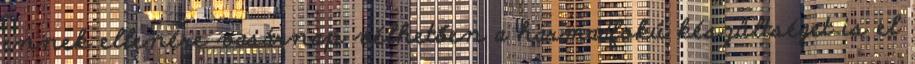
ennek ellenére vasárnap vélhetően a harmadfokú készültséget is el